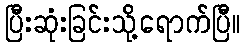
ပြီးဆုံးခြင်းသို့ရောက်ပြီ။